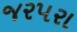
જરપરા